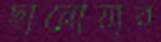
ছানোয়ার